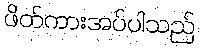
ဖိတ်ကားအပ်ပါသည်